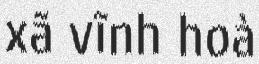
xã vĩnh hoà